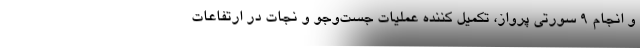
و انجام ۹ سورتی پرواز، تکمیل کننده عملیات جست‌وجو و نجات در ارتفاعات